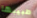
طبيبها